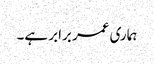
ہماری عمر برابر ہے۔